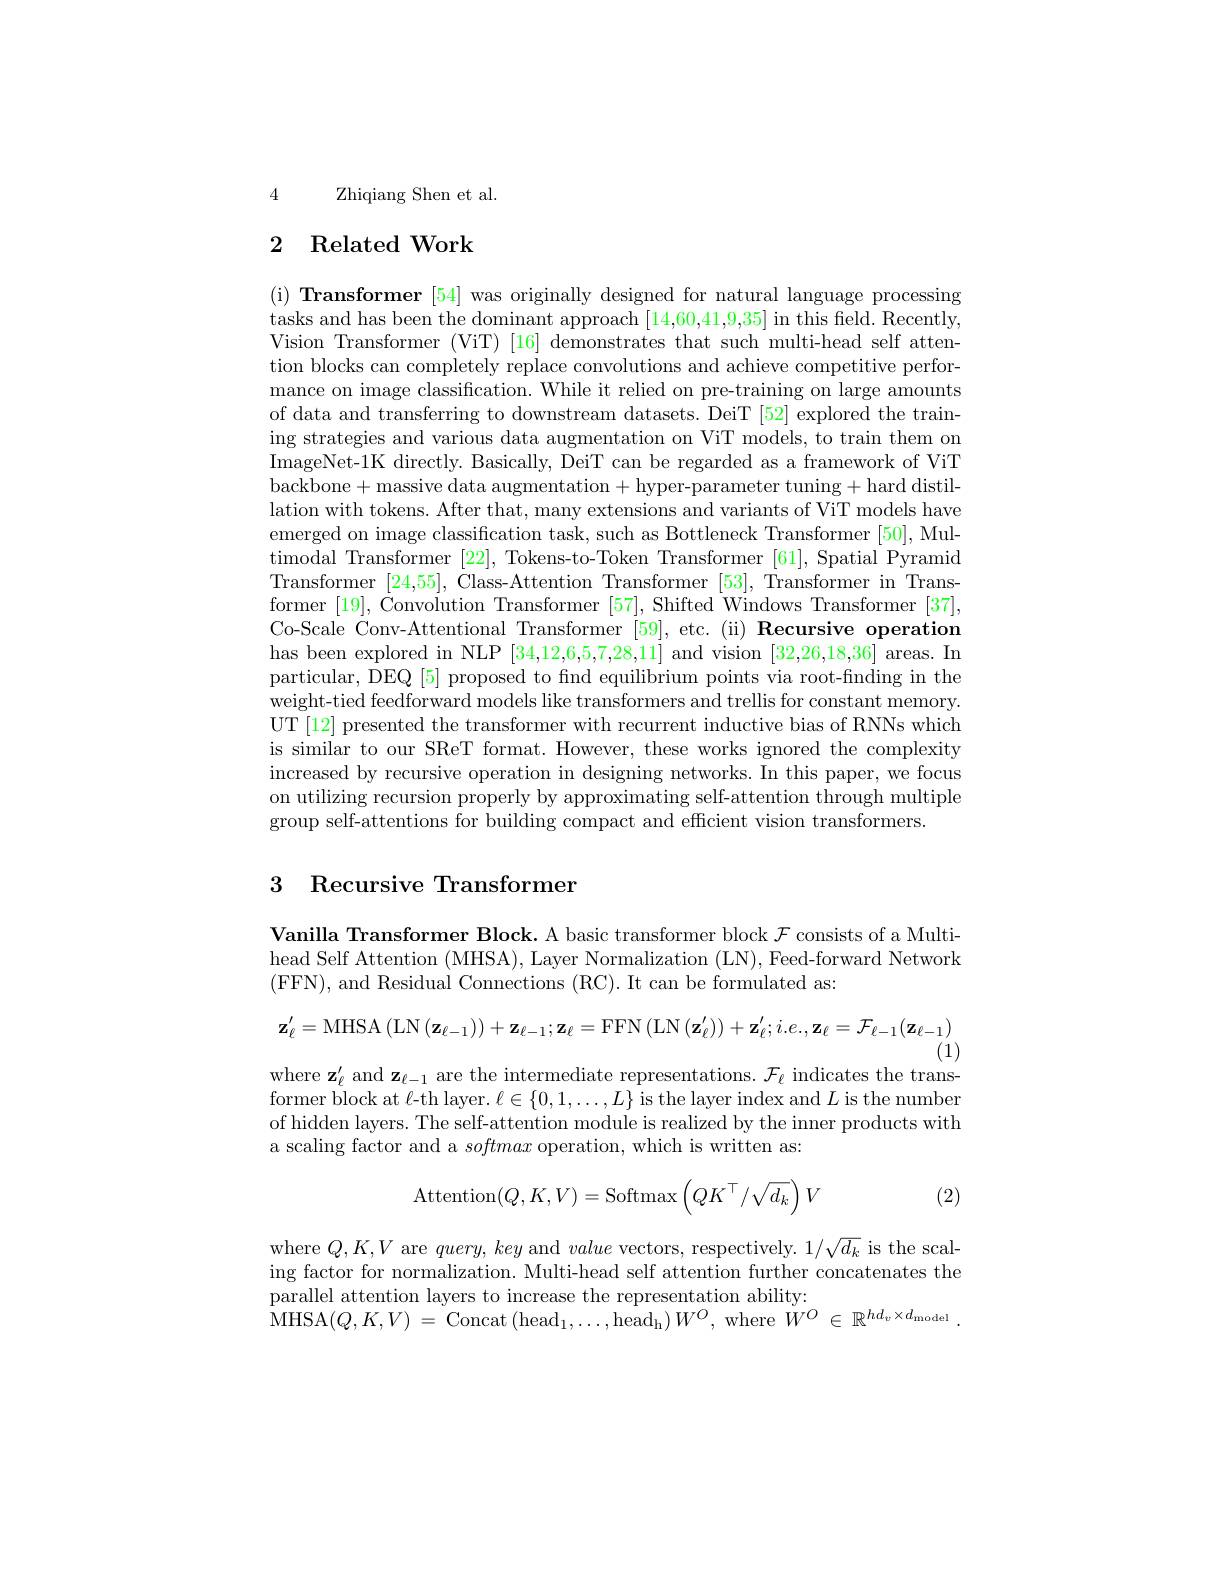
4 Zhiqiang Shen et al.

# 2 Related Work

(i) Transformer [54] was originally designed for natural language processing tasks and has been the dominant approach [14,60,41,9,35] in this field. Recently, Vision Transformer (ViT) [16] demonstrates that such multi-head self attention blocks can completely replace convolutions and achieve competitive performance on image classification. While it relied on pre-training on large amounts of data and transferring to downstream datasets. DeiT [52] explored the training strategies and various data augmentation on ViT models, to train them on ImageNet-1K directly. Basically, DeiT can be regarded as a framework of ViT backbone+massive data augmentation+hyper-parameter tuning+hard distillation with tokens. After that, many extensions and variants of ViT models have emerged on image classification task, such as Bottleneck Transformer [50], Multimodal Transformer [22], Tokens-to-Token Transformer [61], Spatial Pyramid Transformer [24,55], Class-Attention Transformer [53], Transformer in Transformer [19], Convolution Transformer [57], Shifted Windows Transformer [37], Co-Scale Conv-Attentional Transformer [59], etc.(ii) Recursive operation has been explored in NLP [34,12,6,5,7,28,11] and vision [32,26,18,36] areas. In particular, DEQ [5] proposed to fnd equilibrium points via root-finding in the weight-tied feedforward models like transformers and trellis for constant memory. UT [12] presented the transformer with recurrent inductive bias of RNNs which is similar to our SReT format. However, these works ignored the complexity increased by recursive operation in designing networks. In this paper, we focus on utilizing recursion properly by approximating self-attention through multiple group self-attentions for building compact and efficient vision transformers.

# 3 Recursive Transformer

Vanilla Transformer Block. A basic transformer block $\mathcal{F}$ consists of a Multihead Self Attention (MHSA), Layer Normalization (LN), Feed-forward Network (FFN), and Residual Connections (RC). It can be formulated as:

$\mathbf{z}_{\ell}^{\prime}=$MHSA$\left(\mathrm{LN}\left(\mathbf{z}_{\ell-1}\right)\right)+\mathbf{z}_{\ell-1};\mathbf{z}_{\ell}=$FFN$\left(\mathrm{LN}\left(\mathbf{z}_{\ell}^{\prime}\right)\right)+\mathbf{z}_{\ell}^{\prime};i.e.,\mathbf{z}_{\ell}=\mathcal{F}_{\ell-1}(\mathbf{z}_{\ell-1})$ where $\mathbf{z}_{\ell}^{\prime}$ and $\mathbf{z}_\ell-1$ are the intermediate representations. $\mathcal{F}_\ell$ indicates the trans-

former block at $\ell$-th layer. $\ell\in\{0,1,\ldots,L\}$ is the layer index and $L$ is the numben of hidden layers. The self-attention module is realized by the inner products with a scaling factor and a softmax operation, which is written as:

$V$ (2)
$$\text{Attention}(Q,K,V)=\text{Softmax}\left(QK^\top/\sqrt{d_k}\right)V$$
where $Q,K,V$ are $query, \textit{key and value vectors, respectively. }1/ \sqrt {d_k}$ is the scaling factor for normalization. Multi-head self attention further concatenates the parallel attention layers to increase the representation ability:
MHSA$( Q, K, V)$ = Concat $( \mathrm{head}_{1}, \ldots , \mathrm{head}_{\mathrm{h} })$ $W^{O}$, where $\dot{W} ^{O}\in$ $\mathbb{R} ^{hd_{v}\times d_{\mathrm{model}}}$